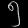
Digit: ၅